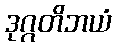
ဒုဂ္ဂတိဘယံ